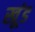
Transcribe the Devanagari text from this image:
खूंड